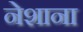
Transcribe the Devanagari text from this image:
नेशाना